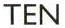
TEN